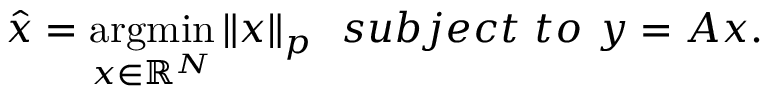
\hat { x } = \operatorname * { a r g m i n } _ { x \in \mathbb { R } ^ { N } } \| x \| _ { p } \ \ s u b j e c t \ t o \ y = A x .